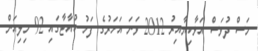
މަސް ދުވަސް އަޅާކިޔާއިރު 2012 ވަނަ އަހަރުގެ ފަހު ކުއާޓާގައި 92 މިލިއަން